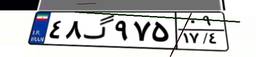
۴۸گ۹۷۵۰۹